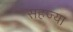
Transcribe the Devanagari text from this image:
सहज्या